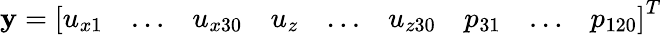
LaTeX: \mathbf{y}=\left[\begin{array}{lllllllll}{u_{x1}}&{\dots}&{u_{x30}}&{u_{z}}&{\dots}&{u_{z30}}&{p_{31}}&{\dots}&{p_{120}}\end{array}\right]^{T}